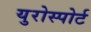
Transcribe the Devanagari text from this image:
युरोस्पोर्ट